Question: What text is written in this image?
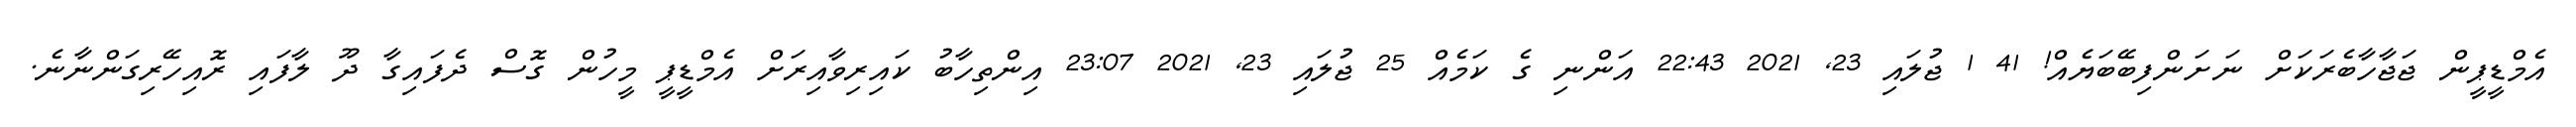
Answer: އެމްޑީޕީން ޖަޖާހާބެރަކަށް ނަށަންފިބޭބަޔެއް! 41 1 ޖުލައި 23, 2021 22:43 އަންނި ގެ ކަމެއް 25 ޖުލައި 23, 2021 23:07 އިންތިހާބު ކައިރިވާއިރަށް އެމްޑީޕީ މީހުން ގޮސް ދެފައިގާ ދޫ ލާފައި ރޮއިހޭރިގަންނާނެ.